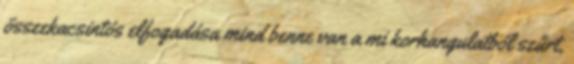
összekacsintós elfogadása mind benne van a mi korhangulatból szűrt,